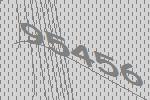
95456